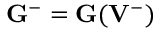
{ \bf G } ^ { - } = { \bf G } ( { { \bf V } } ^ { - } )